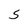
Character: S